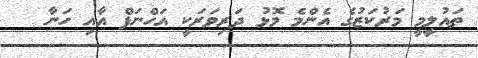
ތައުލީމީ މަރުކަޒުގެ އެންމެ މޮޅު ދަރިވަރަކީ އަހްނަފް އާއި ހަނާ